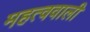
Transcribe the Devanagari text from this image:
महत्ववाली